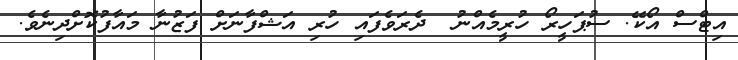
އިޓްސް އޯކޭ. ސުޕަހީރޯ ހުރީމެއްނު  ދެރަވެފައި ހުރި އަޝްފާނަށް ފަޒުނާ މައާފުކޮށްދިނެވެ.